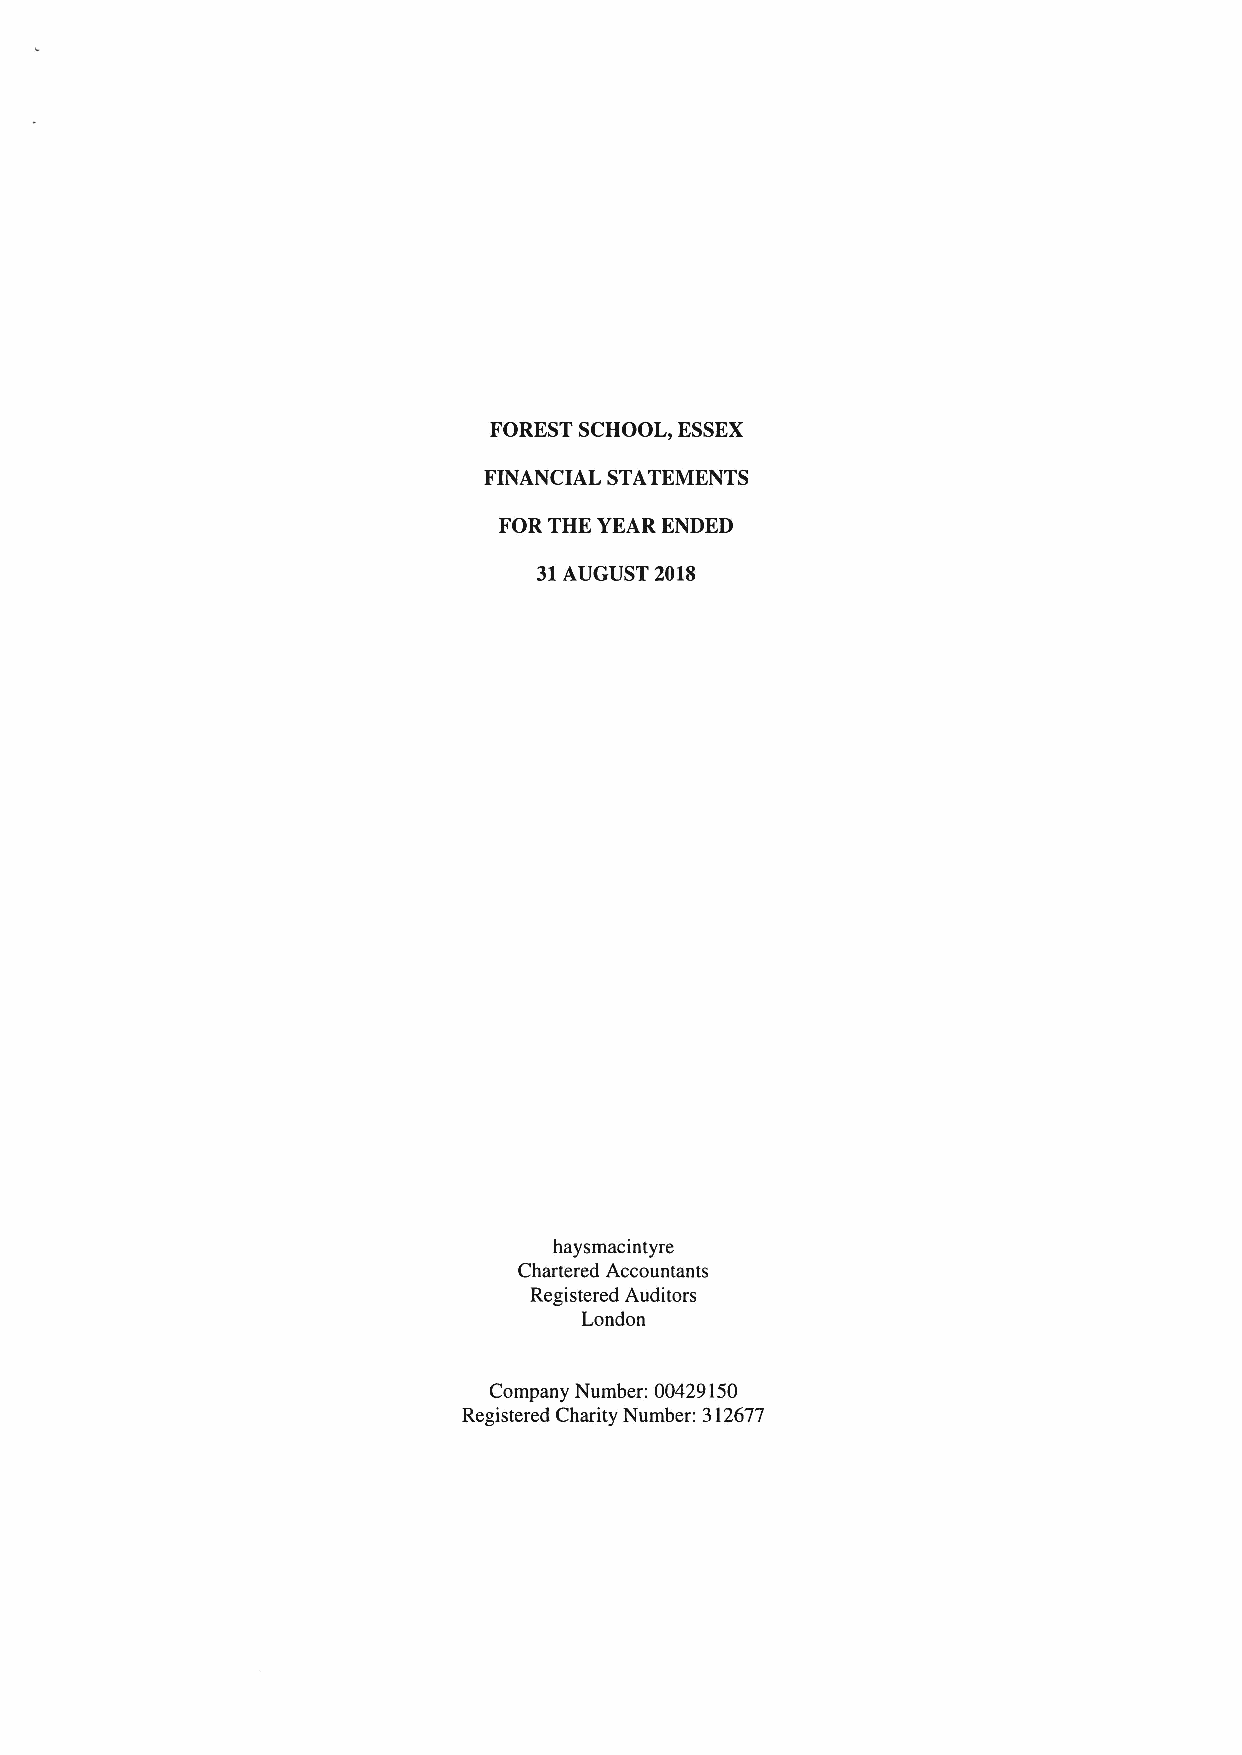
FOREST SCHOOL, ESSEX
 FINANCIAL STATEMENTS
 FOR THE YEAR ENDED
 31AUGUST 2018
 haysmacintyre
 Chartered Accountants
 Registered Auditors
 London
 Company Number: 00429150
 Registered Charity Number: 312677